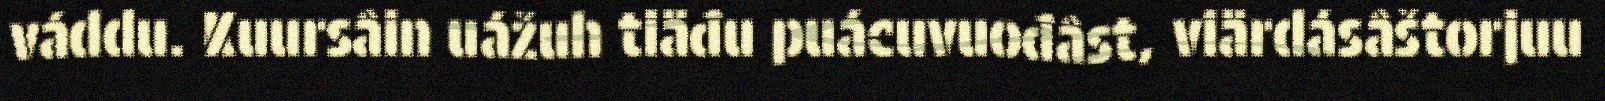
váddu. Kuursâin uážuh tiäđu puácuvuođâst, viärdásâštorjuu